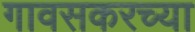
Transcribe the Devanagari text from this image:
गावसकरच्या